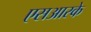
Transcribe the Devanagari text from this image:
एसआरके